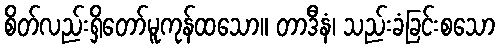
စိတ်လည်းရှိတော်မူကုန်ထသော။ တာဒီနံ၊ သည်းခံခြင်းစသော